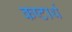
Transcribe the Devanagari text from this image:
कष्टार्थ